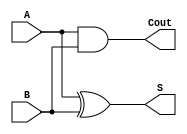
`timescale 1ns / 1ns
module half_adder(
    input A,
    input B,
    output Cout,
    output S
    );

  xor (S,A,B);
  and (Cout,A,B);
endmodule